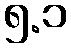
၅.၁